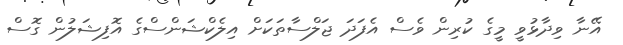
އޭނާ ވިދާޅުވީ މީގެ ކުރިން ވެސް އެފަދަ ޖަލްސާތަކަށް އިލެކްޝަންސްގެ އޮފިޝަލުން ގޮސް